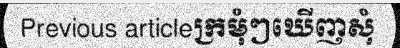
Previous articleក្រមុំៗឃើញសុំ